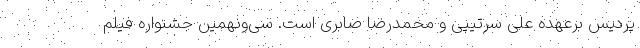
پردیس برعهده علی سرتیپی و محمدرضا صابری است. سی‌ونهمین جشنواره فیلم